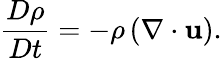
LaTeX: {\frac{D\rho}{Dt}}={-\rho\left(\nabla\cdot\mathbf{u}\right)}.